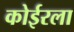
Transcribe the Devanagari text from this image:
कोईरला